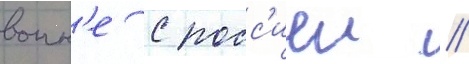
воин'е с росс'иеи //